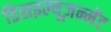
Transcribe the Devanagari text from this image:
डिसइल्यूज़न्मेंट